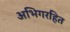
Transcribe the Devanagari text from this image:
अभिगरहित